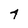
Character: 4